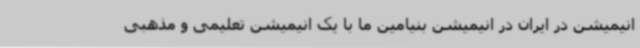
انیمیشن در ایران در انیمیشن بنیامین ما با یک انیمیشن تعلیمی و مذهبی